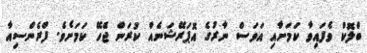
ބްލޮކް ވެފައިވާ ކަމަށާއި އަވަސް ނާރުގެ އޮޕަރޭޝަނެއް ކުރަން ޖެހޭ ކަމަށެވެ. ފްރެންސިއާ